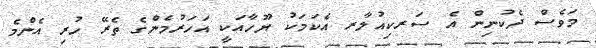
މަވެސް ދެކުނިން އެ ސަރކިއުލާރ އެކަމަކު ޔޫހާއަކީ އަހަރުމެންގެ ތެރޭ ހުރި އެންމެ